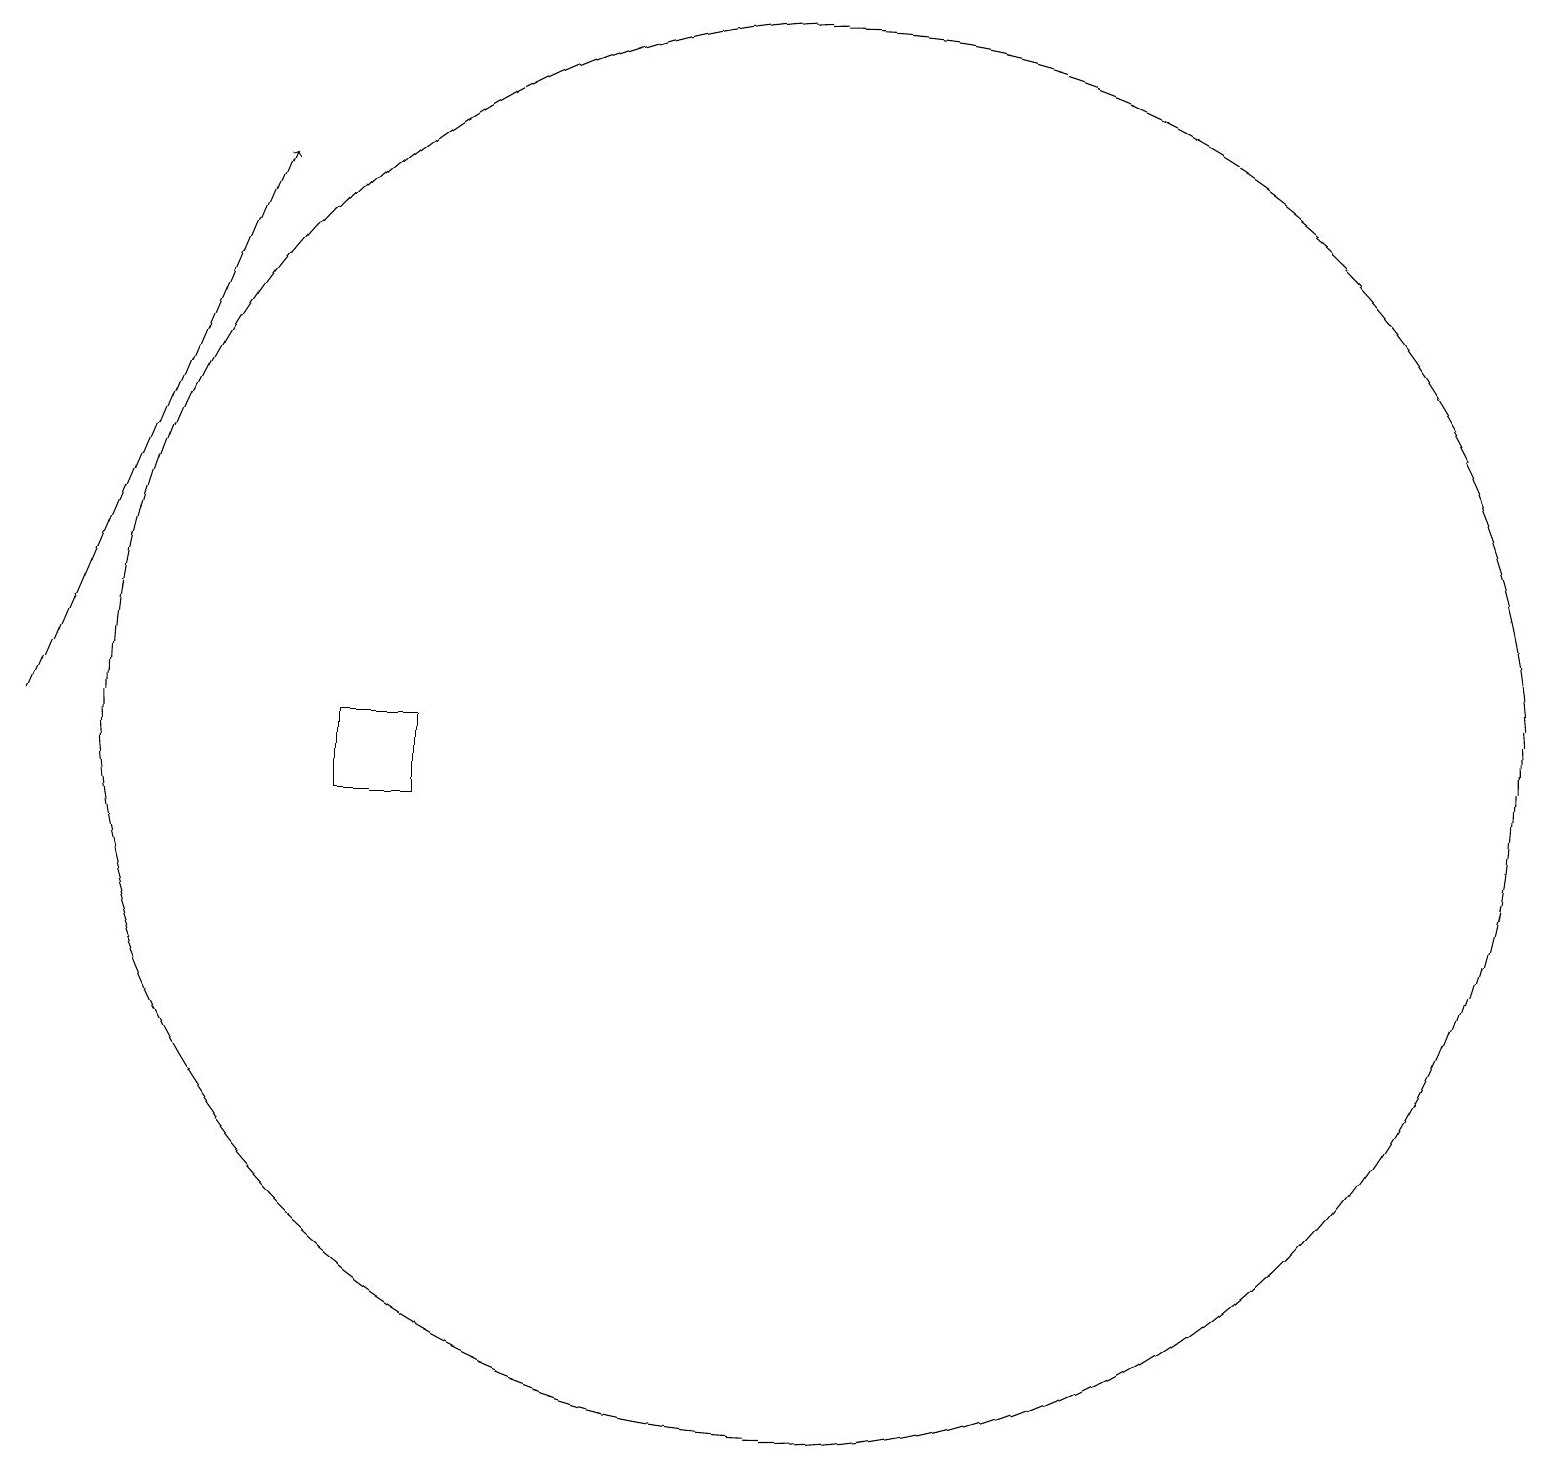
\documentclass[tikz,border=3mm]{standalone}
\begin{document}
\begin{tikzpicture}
\draw[->] (1,11) -- (4,18);
\draw (11,11) circle (9);
\draw (6,10) rectangle (5,11);
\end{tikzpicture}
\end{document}